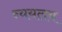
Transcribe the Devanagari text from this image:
न्ययलय